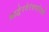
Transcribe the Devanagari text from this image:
श्राद्धेरवेरंशपरिक्ष्ये